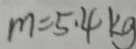
m = 5 . 4 k g